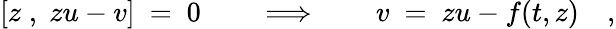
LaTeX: [z\; ,\; zu-v]\ =\ 0\qquad\Longrightarrow\qquad v\ =\ zu-f(t,z)\quad,